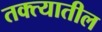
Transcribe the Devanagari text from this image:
तक्त्यातील